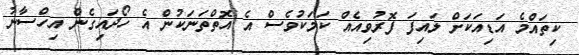
ކިތައްމެ އަޑިއަކަށް ލައިފަ ފޮރުވިއެއް ކަމަކުވެސް އެ އޮތްތަނަކުން އެ ހޯދައިގެން އިހްސާނު